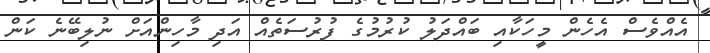
އެއްވެސް އެހެން މީހަކާއި ބައްދަލު ކުރުމުގެ ފުރުސަތެއް އަދި މާހިންއަށް ނުލިބޭނެ ކަން